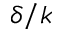
\delta / k